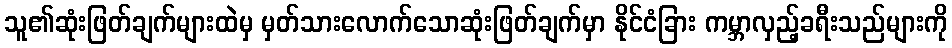
သူ၏ဆုံးဖြတ်ချက်များထဲမှ မှတ်သားလောက်သောဆုံးဖြတ်ချက်မှာ နိုင်ငံခြား ကမ္ဘာလှည့်ခရီးသည်များကို